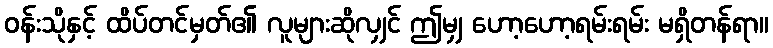
ဝန်းသိုနှင့် ထိပ်တင်မှတ်၏ လူများဆိုလျှင် ဤမျှ ဟော့ဟော့ရမ်းရမ်း မရှိတန်ရာ။